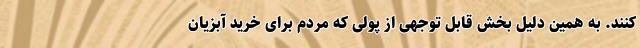
‌کنند. به همین دلیل بخش قابل توجهی از پولی که مردم برای خرید آبزیان